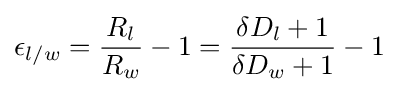
\epsilon _{l/w}={\frac {R_{l}}{R_{w}}}-1={\frac {\delta D_{l}+1}{\delta D_{w}+1}}-1